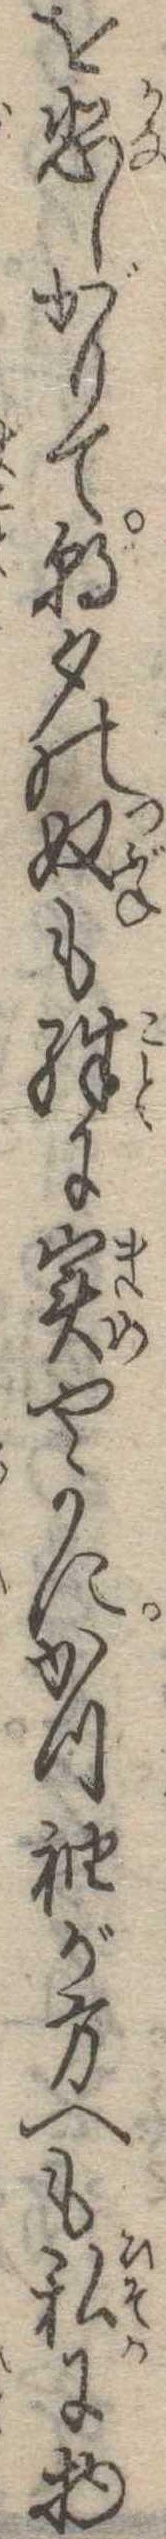
を悲しがりて朝夕の奴も殊に実やかにかつ袖が方へも私に物